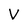
Character: V